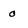
Character: o